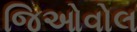
જિઓવોલ